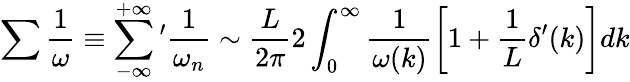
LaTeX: \sum\frac{1}{\omega}\equiv\sum_{-\infty}^{+\infty}\, \! ^{\prime}\frac{1}{\omega_{n}}\sim\frac{L}{2\pi}2\int_{0}^{\infty}\frac{1}{\omega(k)}\left[1+\frac{1}{L}\delta^{\prime}(k)\right]dk